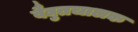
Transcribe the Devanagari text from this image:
वैद्युतचालक